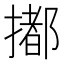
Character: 𢵋